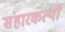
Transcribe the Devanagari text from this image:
संहारकर्त्या